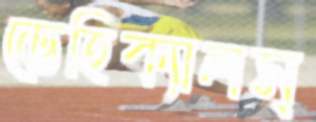
ভেহিক্যালস্